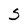
Character: S